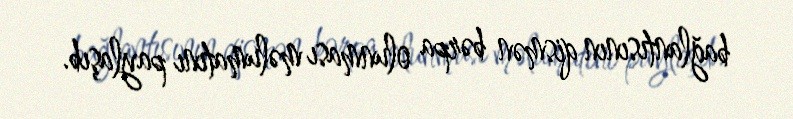
bağlantısının qismən bərpa olunması məlumatını paylaşıb.